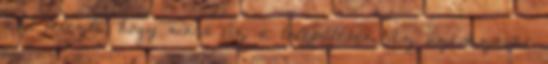
azt jelezte, hogy nincs víz a településen. Az üzemzavar